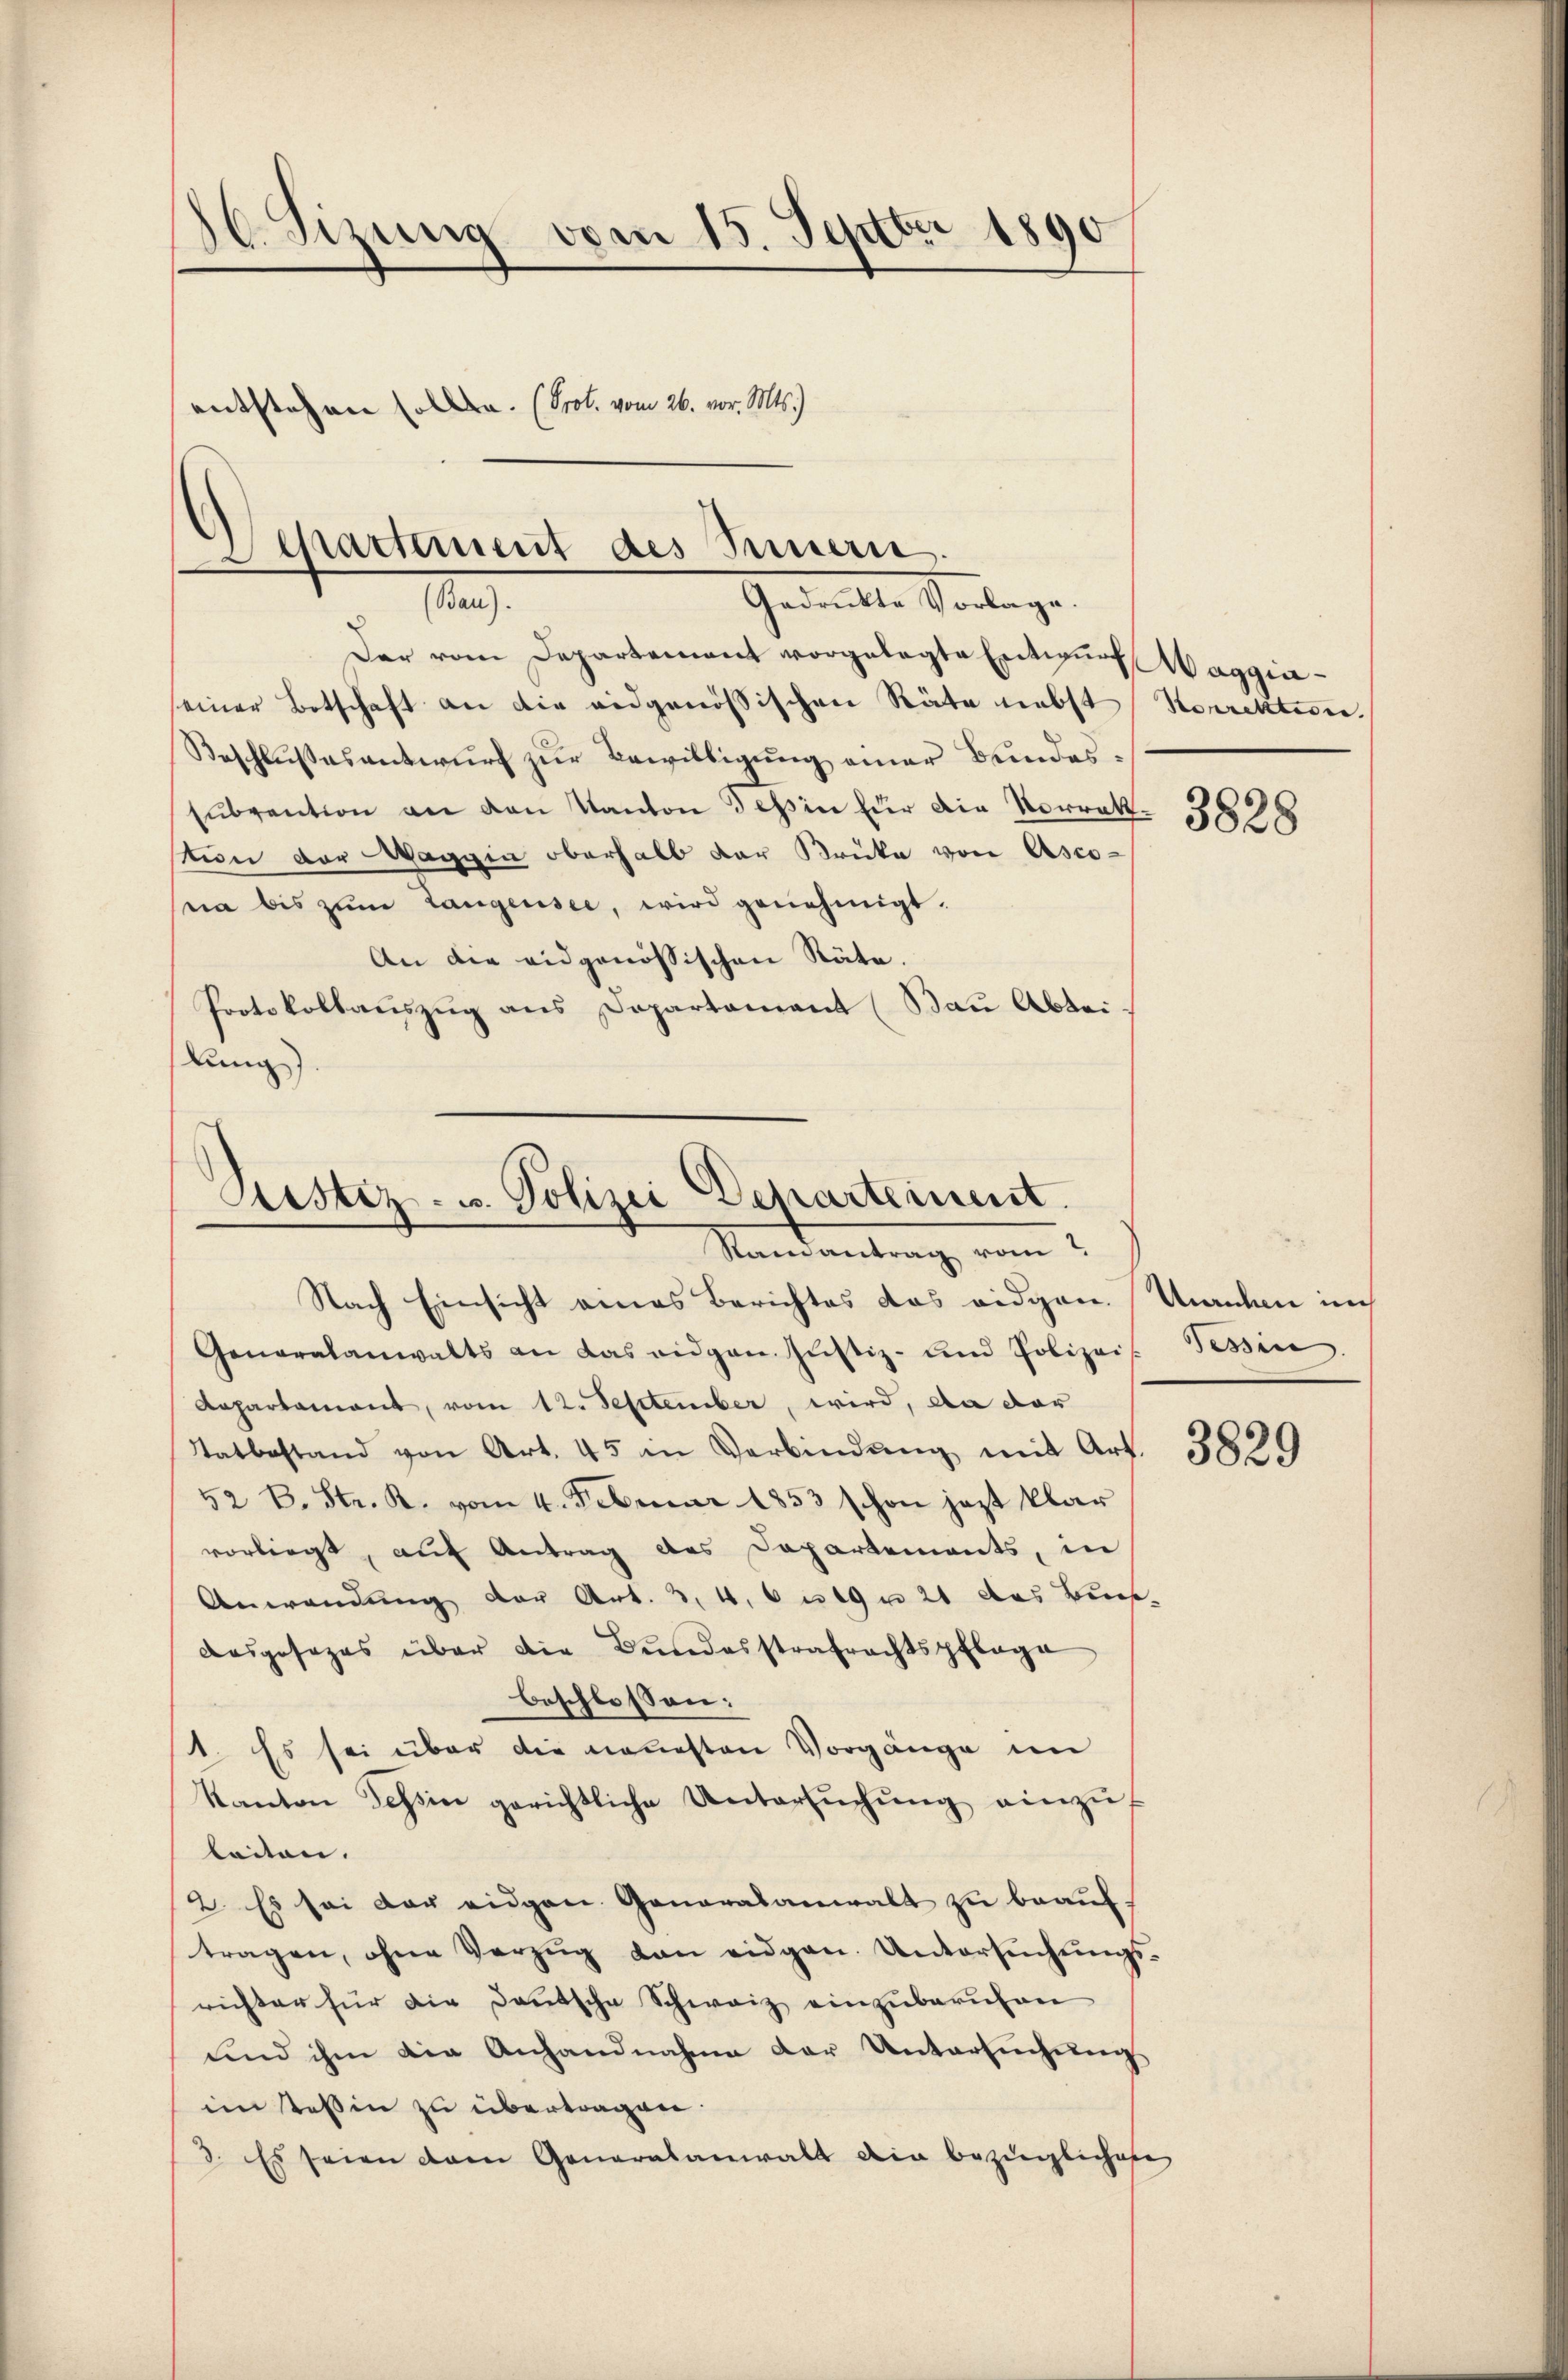
16. Sizung vom 15. Septbr 1890
andestehen alle. (Prot. vom 26. vor. Mts.)

Departement des Innern.
a
Gemitte Sontage.

Der vom Departement vorgelegte Entwurf Wagginseiner Botschaft an die eidgenössischen Räte nebst
Beschlußesentwurf zur Bewilligung einer Bundessŭbvention an den Kanton des in für die Vorrek-3835
stion der Waggin oberhalb der Brücke von Ascona bis zŭm Langensee, wird genehmigt.
An die eidgenössischen Räte.
Protokollauszug aus Departament (Bau Abtei
lung).

Astiz- u. Polizei Departement.
Ramantrag vom

Korrektion.

Nach Einsicht eines Berichtes das eidgen. Unruhen in
Generalanwalts an das eidgen. Justiz- und Polizeis. Tessin
Rapartament, vom 12. September, wird, da dar
Tatbestand von Art. 45 in Verbindŭng mit Art. 3839
52 B. Str. R. vom 4. Februar 1853 schon jezt klar
vorliegt, auf Antrag des Departements, in
Anwendŭng der Art. 3, 4, 6 n 19 n 21 das Bies
desgesezes über die Bundesstrafrachtspflege
beschlossen:
1. Es sei über die neuesten Vorgänge im
Kanton Tessin gerichtliche Untersŭchŭng einzŭ-
leiten.
2. Es sei der eidgen. Generalanwalt zu beauftragen, ohne Verzŭg dan eidgen. Untersŭchŭngs-
richter für die Deutsche Schweiz einzŭberŭfen
und ihm die Anhandnahmen der Untersuchung
iin Teßin zu übertragen.
3. Es seien dem Generalanwalt die bezüglichese